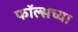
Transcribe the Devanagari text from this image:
फॉल्सच्या